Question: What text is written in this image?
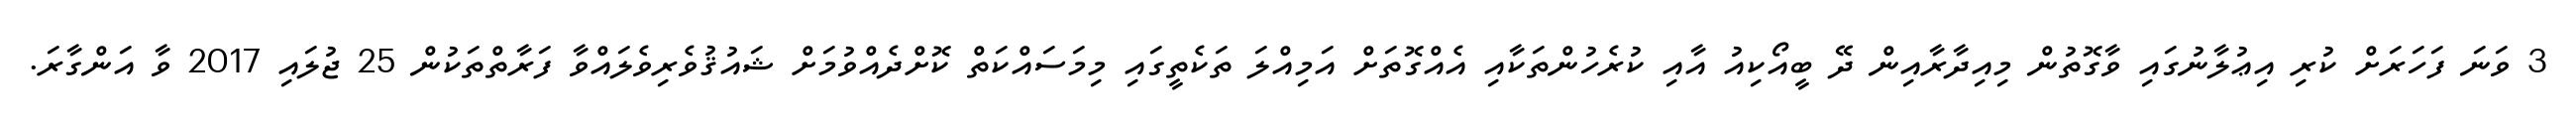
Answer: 3 ވަނަ ފަހަރަށް ކުރި އިޢުލާނުގައި ވާގޮތުން މިއިދާރާއިން ދޭ ބީއޯކިއު އާއި ކުރެހުންތަކާއި އެއްގޮތަށް އަމިއްލަ ތަކެތީގައި މިމަސައްކަތް ކޮށްދެއްވުމަށް ޝައުޤުވެރިވެލައްވާ ފަރާތްތަކުން 25 ޖުލައި 2017 ވާ އަންގާރަ.